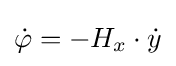
{\dot {\varphi }}=-H_{x}\cdot {\dot {y}}